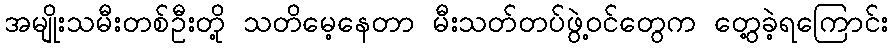
အမျိုးသမီးတစ်ဦးတို့ သတိမေ့နေတာ မီးသတ်တပ်ဖွဲ့ဝင်တွေက တွေ့ခဲ့ရကြောင်း